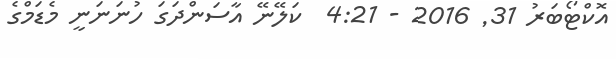
އޮކްޓޯބަރު 31